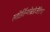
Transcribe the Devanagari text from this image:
स्तोर्तिन्गस्रेप्रेजेंतेटर